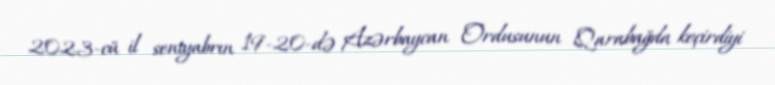
2023-cü il sentyabrın 19-20-də Azərbaycan Ordusunun Qarabağda keçirdiyi